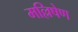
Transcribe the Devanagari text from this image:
मल्लिषेण